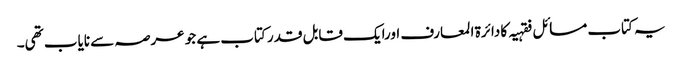
یہ کتاب مسائل فقہیہ کا دائرة المعارف اورایک قابل قدر کتاب ہے جو عرصہ سے نایاب تھی۔